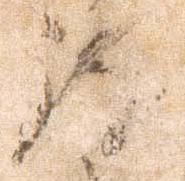
致